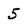
Character: 5